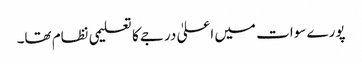
پورے سوات میں اعلیٰ درجے کا تعلیمی نظام تھا۔